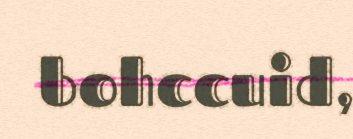
bohccuid,